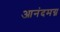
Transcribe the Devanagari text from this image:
आनंदमग्न